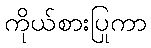
ကိုယ်စားပြုကာ